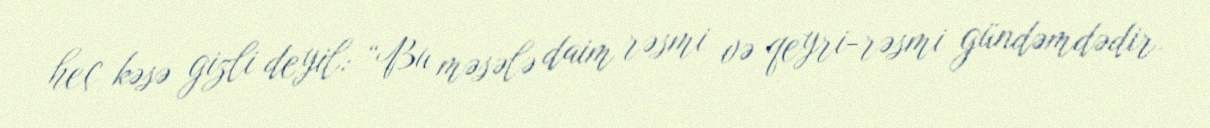
heç kəsə gizli deyil: “Bu məsələ daim rəsmi və qeyri-rəsmi gündəmdədir.